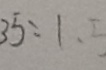
3 5 : 1 . 5